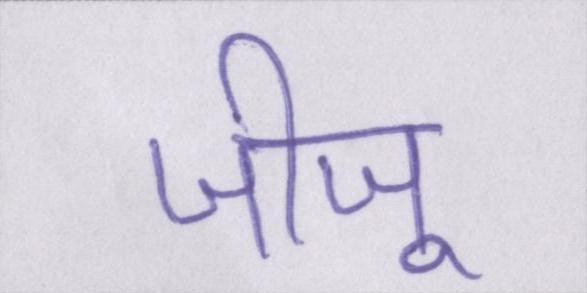
जीजू